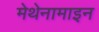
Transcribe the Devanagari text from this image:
मेथेनामाइन